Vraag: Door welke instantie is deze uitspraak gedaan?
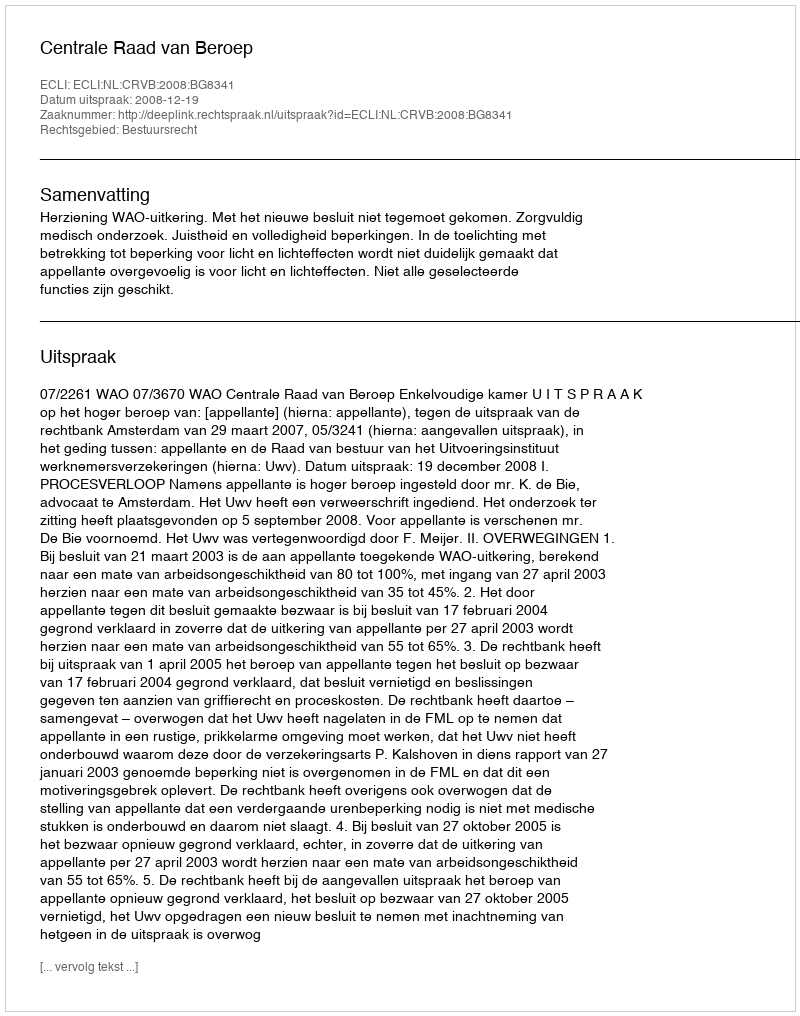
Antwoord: Centrale Raad van Beroep